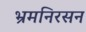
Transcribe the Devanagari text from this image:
भ्रमनिरसन